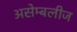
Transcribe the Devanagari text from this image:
असेम्बलीज